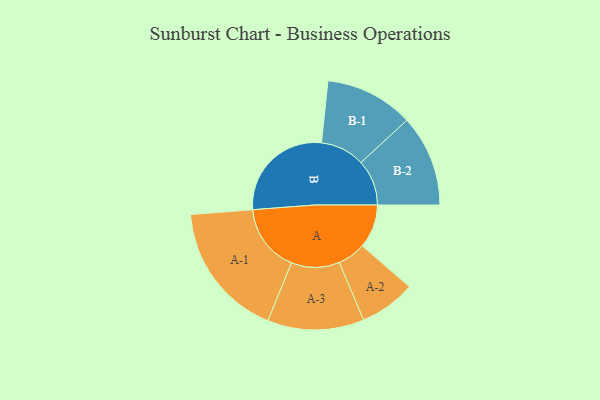
{"axis": {"x": "Segment", "y": "Value"}, "legend": ["", "A", "B"], "data": [{"x": "A", "y": 173, "type": ""}, {"x": "B", "y": 425, "type": ""}, {"x": "A-1", "y": 269, "type": "A"}, {"x": "A-2", "y": 111, "type": "A"}, {"x": "A-3", "y": 191, "type": "A"}, {"x": "B-1", "y": 175, "type": "B"}, {"x": "B-2", "y": 181, "type": "B"}]}